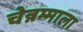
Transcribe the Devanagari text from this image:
चेन्नम्माला